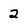
Character: 2